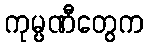
ကုမ္ပဏီတွေက